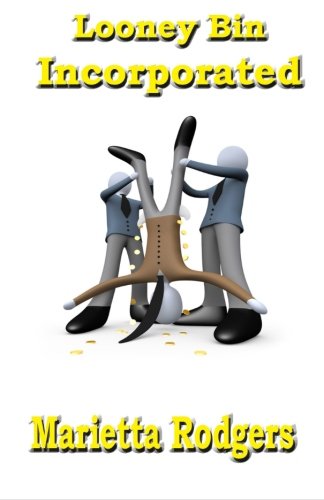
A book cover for Looney Bin Incorporated; Marietta Rodgers; Literature & Fiction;